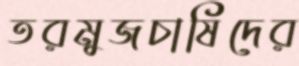
তরমুজচাষিদের